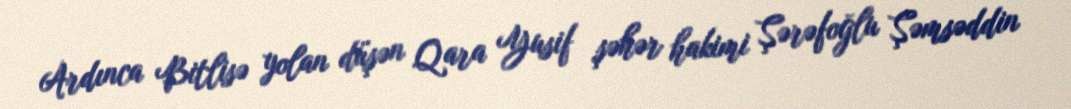
Ardınca Bitlisə yolan düşən Qara Yusif şəhər hakimi Şərəfoğlu Şəmsəddin